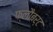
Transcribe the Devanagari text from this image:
फ्लौबर्ट